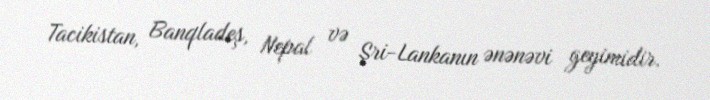
Tacikistan, Banqladeş, Nepal və Şri-Lankanın ənənəvi geyimidir.